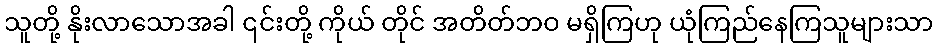
သူတို့ နိုးလာသောအခါ ၎င်းတို့ ကိုယ် တိုင် အတိတ်ဘဝ မရှိကြဟု ယုံကြည်နေကြသူများသာ